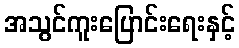
အသွင်ကူးပြောင်းရေးနှင့်